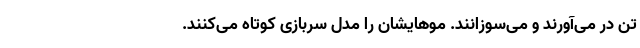
تن در می‌آورند و می‌سوزانند. موهایشان را مدل سربازی کوتاه می‌کنند.